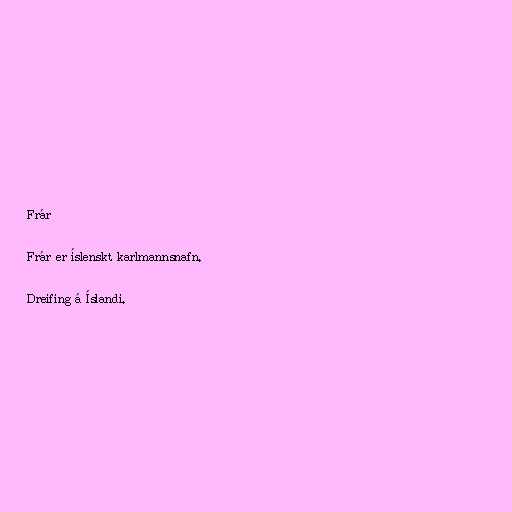
Frár

Frár er íslenskt karlmannsnafn.

Dreifing á Íslandi.